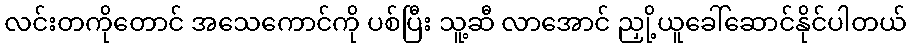
လင်းတကိုတောင် အသေကောင်ကို ပစ်ပြီး သူ့ဆီ လာအောင် ညှို့ယူခေါ်ဆောင်နိုင်ပါတယ်